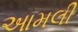
આમલી